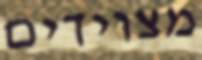
מצוידים